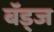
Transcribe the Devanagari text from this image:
बॅड्ज